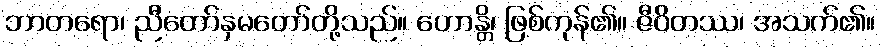
ဘာတရော၊ ညီတော်နှမတော်တို့သည်။ ဟောန္တိ၊ ဖြစ်ကုန်၏။ ဇီဝိတဿ၊ အသက်၏။